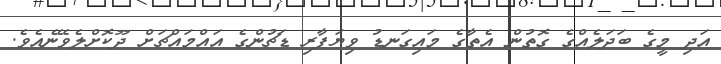
އަދި މީގެ ބަދަލެއްގެ ގޮތުން އެތާގެ މައިގަނޑު ވިޔަފާރި ޑަޗުންގެ އައްމައްޗަށް ދޫކޮށްލެވޭނެއެވެ.